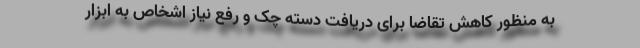
به منظور کاهش تقاضا برای دریافت دسته چک و رفع نیاز اشخاص به ابزار